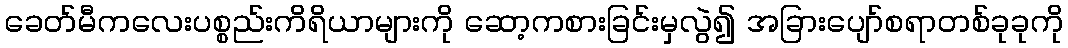
ခေတ်မီကလေးပစ္စည်းကိရိယာများကို ဆော့ကစားခြင်းမှလွဲ၍ အခြားပျော်စရာတစ်ခုခုကို